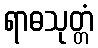
ရာဓသုတ္တံ